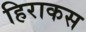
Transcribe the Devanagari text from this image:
हिराकस